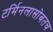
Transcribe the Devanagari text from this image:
टर्मिनलासोबतच